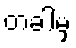
တခါမှ